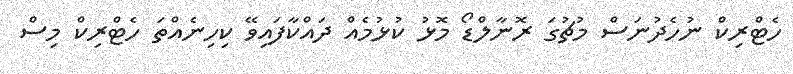
ހެޓްރިކް ނުހެދުނަސް މުޗުގަ ރޮނާލްޑޯ މޮޅު ކުޅުމެއް ދައްކާފައިވޭ ކިހިނެއްތަ ހެޓްރިކް މިސް